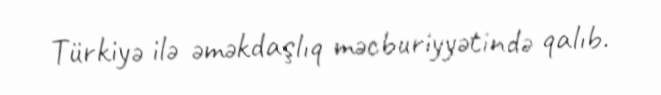
Türkiyə ilə əməkdaşlıq məcburiyyətində qalıb.